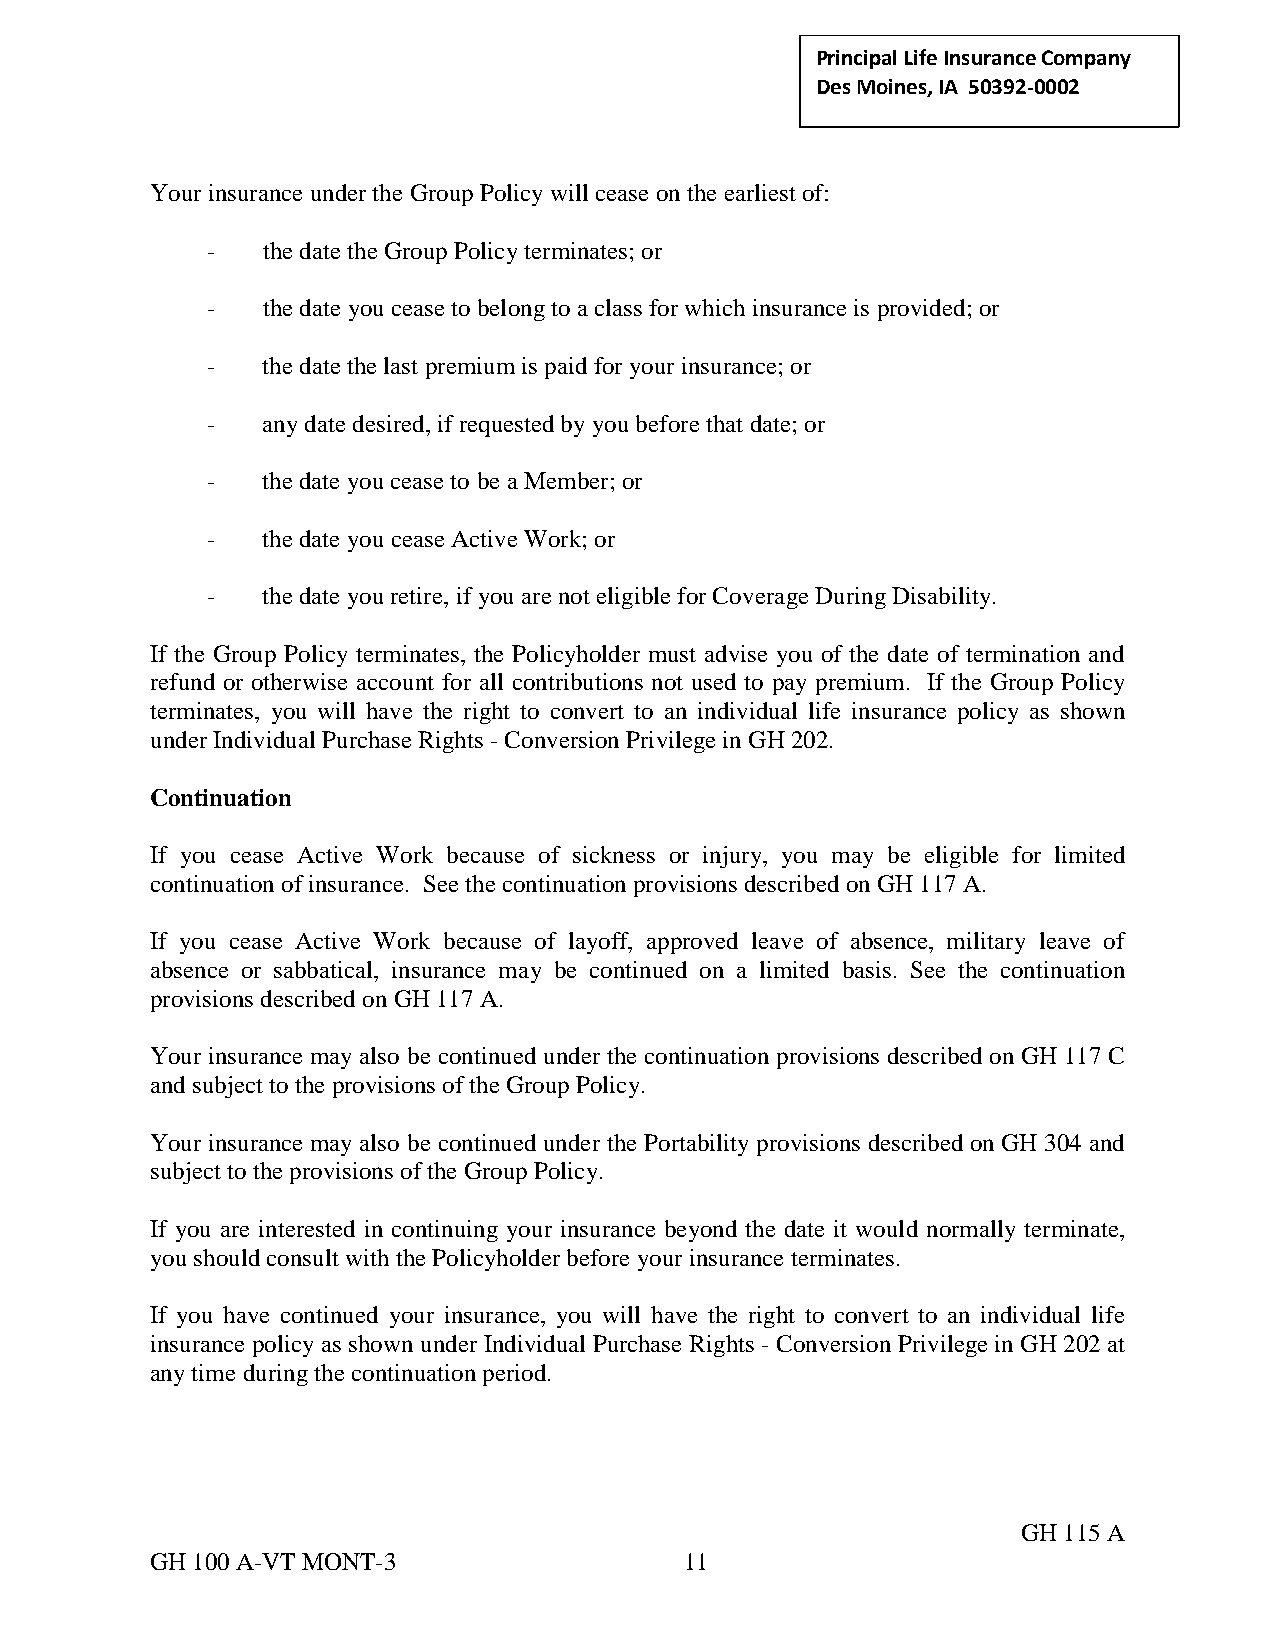
Principal Life Insurance C ompany
 Des Moines, IA 50392-0002
 Your insurance under the Group Policy will cease on the earliest of:
 -  the date the Group Policy terminates; or
 -  the date you cease to belong to a class for which insurance is provided; or
 -  the date the last premium is paid for your insurance; or
 -  any date desired, if requested by you before that date; or
 -  the date you cease to be a Member; or
 -  the date you cease Active Work; or
 -  the date you retire, if you are not eligible for Coverage During Disability.
 If the Group Policy terminates, the Policyholder must advise you of the date of termination and
 refund or otherwise account for all contributions not used to pay premium. If the Group Policy
 terminates, you will have the right to convert to an individual life insurance policy as shown
 under Individual Purchase Rights - Conversion Privilege in GH 202.
 Continuation
 If you cease Active Work because of sickness or injury, you may be eligible for limited
 continuation of insurance. See the continuation provisions described on GH 117 A.
 If you cease Active Work because of layoff, approved leave of absence, military leave of
 absence or sabbatical, insurance may be continued on a limited basis. See the continuation
 provisions described on GH 117 A.
 Your insurance may also be continued under the continuation provisions described on GH 117 C
 and subject to the provisions of the Group Policy.
 Your insurance may also be continued under the Portability provisions described on GH 304 and
 subject to the provisions of the Group Policy.
 If you are interested in continuing your insurance beyond the date it would normally terminate,
 you should consult with the Policyholder before your insurance terminates.
 If you have continued your insurance, you will have the right to convert to an individual life
 insurance policy as shown under Individual Purchase Rights - Conversion Privilege in GH 202 at
 any time during the continuation period.
 GH 115 A
 GH 100 A-VT MONT-3                 11